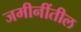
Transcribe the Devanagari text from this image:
जमीनींतील